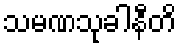
သမဏသုခါနီတိ